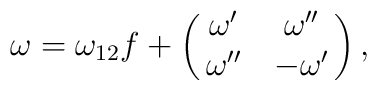
\omega = \omega_{12} f +\pmatrix{\omega'&\omega''\cr                     \omega''&-\omega'\cr},